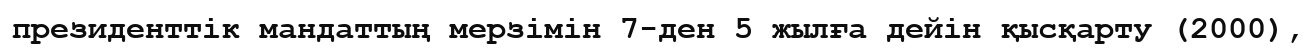
президенттік мандаттың мерзімін 7-ден 5 жылға дейін қысқарту (2000),